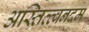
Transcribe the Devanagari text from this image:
अस्तित्त्वनदम